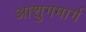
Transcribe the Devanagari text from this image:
आशुगमार्ग